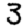
Digit: 3